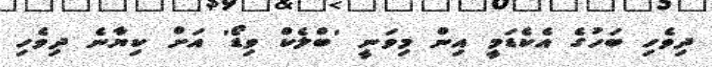
ދިވެހި ބަހުގެ އެކެޑަމީ އިން މިވަނީ 'ބްލެކް ވިޑޯ' އަށް ކިޔާނެ ދިވެހި